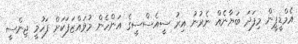
އެމްޑީޕީން މިފަދަ ބަޔާނެއް ނެރުނު އިރު ސީއެސްސީގެ އަންހެން މުވައްޒަފަކަށް ފަހުމީ ޖިންސީ